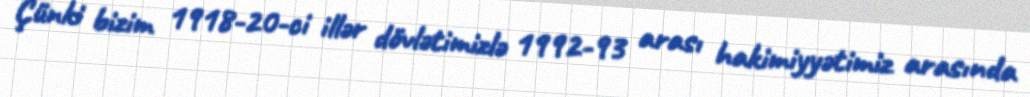
Çünki bizim 1918-20-ci illər dövlətimizlə 1992-93 arası hakimiyyətimiz arasında